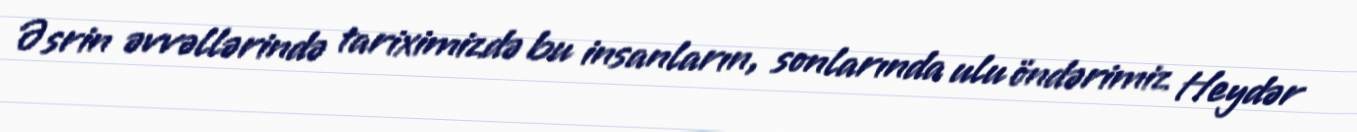
Əsrin əvvəllərində tariximizdə bu insanların, sonlarında ulu öndərimiz Heydər